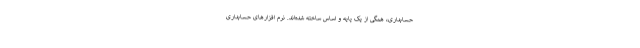
حسابداری، همگی از یک پایه و اساس ساخته شده‌اند. نرم افزارهای حسابداری